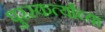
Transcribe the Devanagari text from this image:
पुरस्कर्त्यांच्या